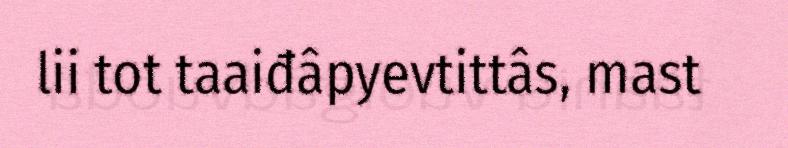
lii tot taaiđâpyevtittâs, mast